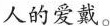
人的爱戴。